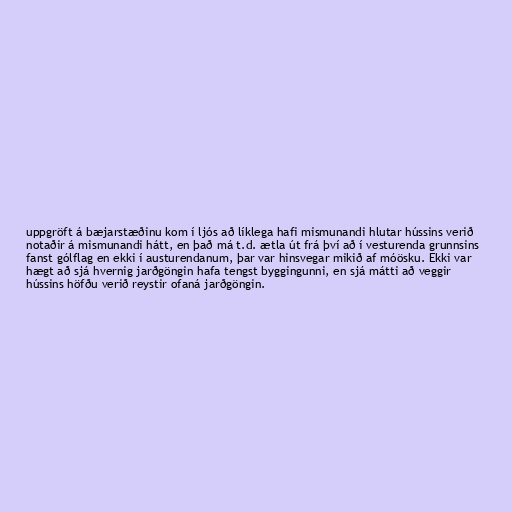
uppgröft á bæjarstæðinu kom í ljós að líklega hafi mismunandi hlutar hússins verið
notaðir á mismunandi hátt, en það má t.d. ætla út frá því að í vesturenda grunnsins
fanst gólflag en ekki í austurendanum, þar var hinsvegar mikið af móösku. Ekki var
hægt að sjá hvernig jarðgöngin hafa tengst byggingunni, en sjá mátti að veggir
hússins höfðu verið reystir ofaná jarðgöngin.